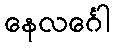
နေလင်္ဂေါ